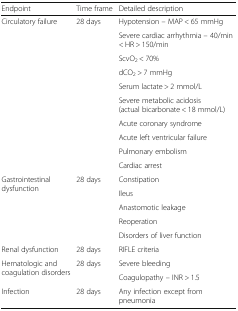
| Endpoint | Time frame | Detailed description |
 | --- | --- | --- |
 | <ROWSPAN=10> Circulatory failure | <ROWSPAN=10> 28 days | Hypotension – MAP < 65 mmHg |
 | Severe cardiac arrhythmia – 40/min < HR > 150/min |
 | ScvO2 < 70% |
 | dCO2 > 7 mmHg |
 | Serum lactate > 2 mmol/L |
 | Severe metabolic acidosis (actual bicarbonate < 18 mmol/L) |
 | Acute coronary syndrome |
 | Acute left ventricular failure |
 | Pulmonary embolism |
 | Cardiac arrest |
 | <ROWSPAN=5> Gastrointestinal dysfunction | <ROWSPAN=5> 28 days | Constipation |
 | Ileus |
 | Anastomotic leakage |
 | Reoperation |
 | Disorders of liver function |
 | Renal dysfunction | 28 days | RIFLE criteria |
 | <ROWSPAN=2> Hematologic and coagulation disorders | <ROWSPAN=2> 28 days | Severe bleeding |
 | Coagulopathy – INR > 1.5 |
 | Infection | 28 days | Any infection except from pneumonia |